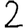
Digit: 2